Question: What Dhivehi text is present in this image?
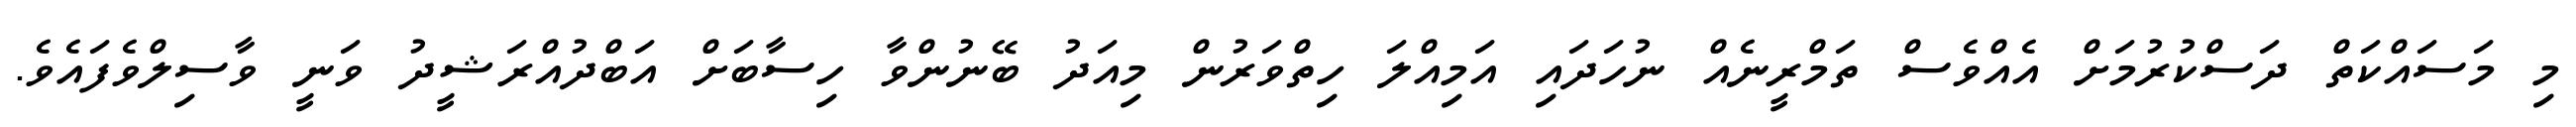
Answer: މި މަސައްކަތް ދަސްކުރުމަށް އެއްވެސް ތަމްރީނެއް ނުހަދައި އަމިއްލަ ހިތްވަރުން މިއަދު ބޭނުންވާ ހިސާބަށް އަބްދުއްރަޝީދު ވަނީ ވާސިލްވެފައެވެ.